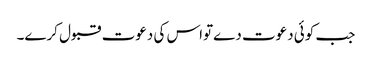
جب کوئی دعوت دےتواس کی دعوت قبول کرے۔